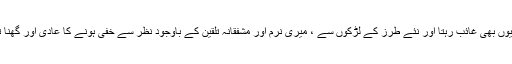
وہ یوں بھی غائب رہتا اور نئے طرز کے لڑکوں سے ، میری نرم اور مشفقانہ تلقین کے باوجود نظر سے خفی ہونے کا عادی اور گھنّا تھا۔